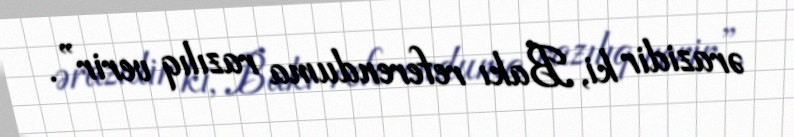
ərazidir ki, Bakı referenduma razılıq verir”.